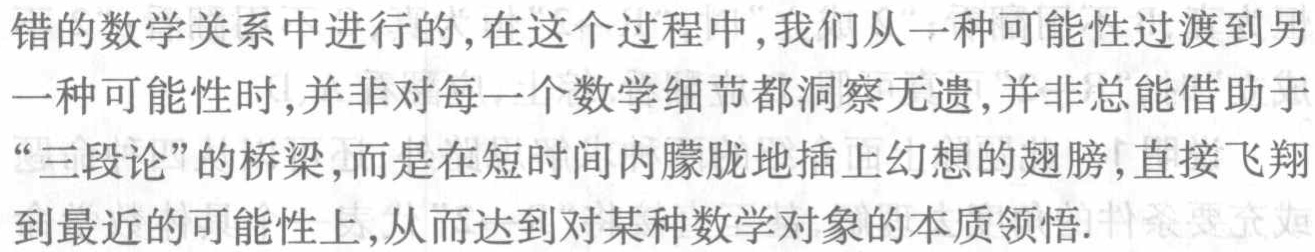
错的数学关系中进行的,在这个过程中,我们从一种可能性过渡到另一种可能性时,并非对每一个数学细节都洞察无遗,并非总能借助于“三段论”的桥梁,而是在短时间内朦胧地插上幻想的翅膀,直接飞翔到最近的可能性上,从而达到对某种数学对象的本质领悟.